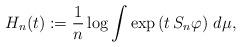
LaTeX: \begin{align*}H_{n}(t):=\frac{1}{n}\log\int\exp\left(t\,S_{n}\varphi\right)\,d\mu,\end{align*}